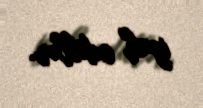
izah ediblər.